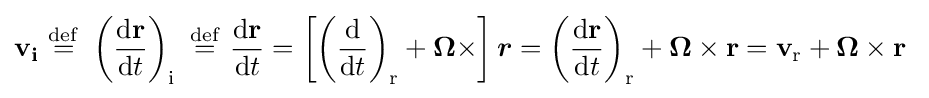
\mathbf {v_{i}} \ {\stackrel {\mathrm {def} }{=}}\ \left({\frac {\mathrm {d} \mathbf {r} }{\mathrm {d} t}}\right)_{\mathrm {i} }\ {\stackrel {\mathrm {def} }{=}}\ {\frac {\mathrm {d} \mathbf {r} }{\mathrm {d} t}}=\left[\left({\frac {\mathrm {d} }{\mathrm {d} t}}\right)_{\mathrm {r} }+{\boldsymbol {\Omega }}\times \right]{\boldsymbol {r}}=\left({\frac {\mathrm {d} \mathbf {r} }{\mathrm {d} t}}\right)_{\mathrm {r} }+{\boldsymbol {\Omega }}\times \mathbf {r} =\mathbf {v} _{\mathrm {r} }+{\boldsymbol {\Omega }}\times \mathbf {r} \